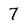
Character: 7